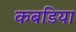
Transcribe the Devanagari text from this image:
कबडिया